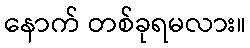
နောက် တစ်ခုရမလား။